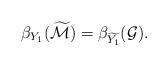
LaTeX: \begin{align*}\beta_{Y_1}(\widetilde{\mathcal{M}})=\beta_{\widetilde{Y_1}}(\mathcal{G}). \end{align*}